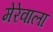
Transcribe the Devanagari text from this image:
मेरेवाला